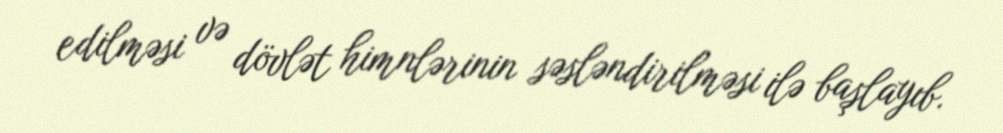
edilməsi və dövlət himnlərinin səsləndirilməsi ilə başlayıb.